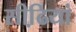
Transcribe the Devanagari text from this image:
सीढि़यां